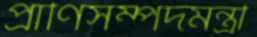
প্রাণিসম্পদমন্ত্রী